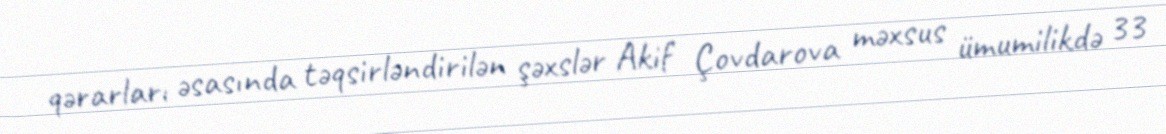
qərarları əsasında təqsirləndirilən şəxslər Akif Çovdarova məxsus ümumilikdə 33